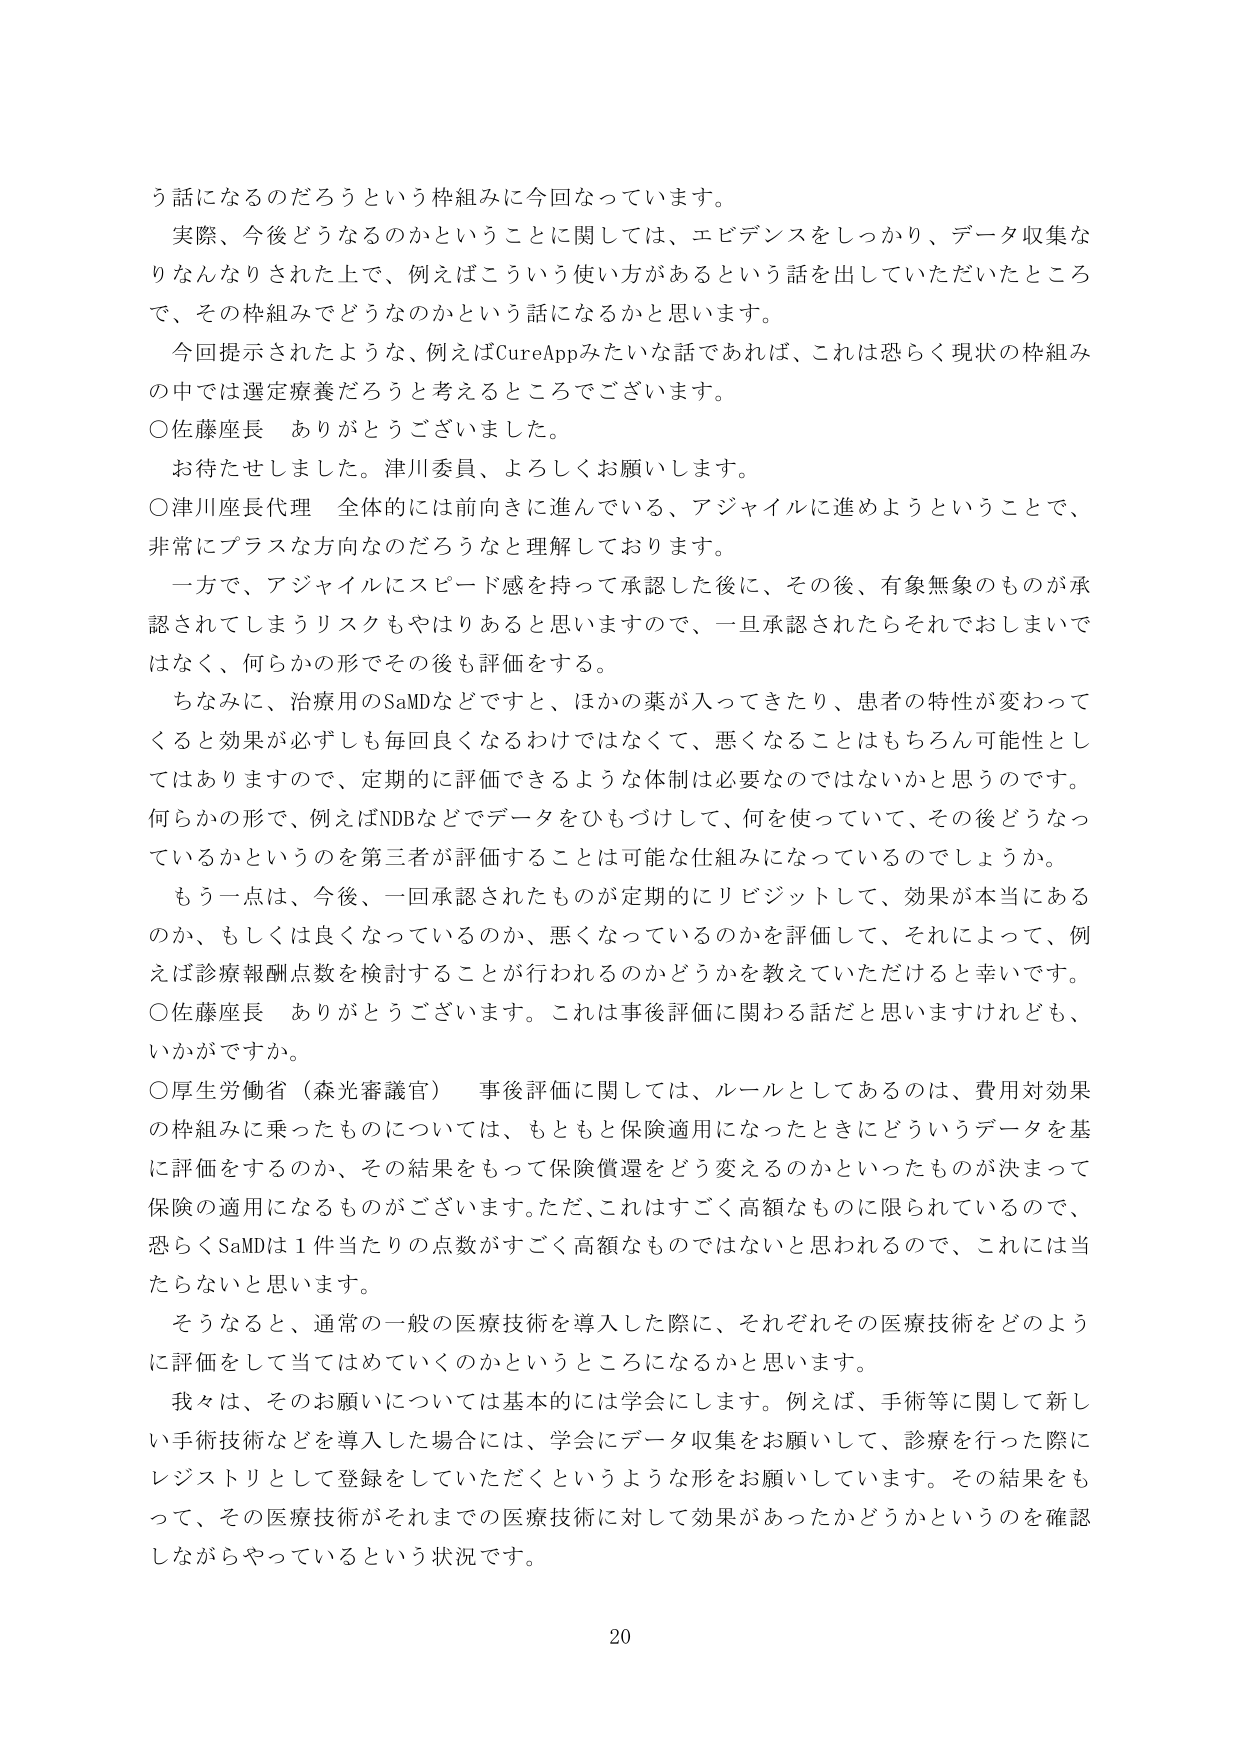
う話になるのだろうという枠組みに今回なっています。

実際、今後どうなるのかということに関しては、エビデンスをしっかり、データ収集なりなんなりされた上で、例えばこういう使い方があるという話を出していただいたところで、その枠組みでどうなるのかという話になるかと思います。

今回提示されたような、例えばCureAppみたいな話であれば、これは恐らく現状の枠組みの中では選定療養だろうと考えるところでございます。

○佐藤座長　ありがとうございました。

お待たせしました。津川委員、よろしくお願いします。

○津川座長代理　全体的には前向きに進んでいる、アジャイルに進めようということで、非常にプラスな方向なのだろうなと理解しております。

一方で、アジャイルにスピード感を持って承認した後に、その後、有象無象のものが承認されてしまうリスクもやはりあると思いますので、一旦承認されたらそれでおしまいではなく、何らかの形でその後も評価をする。

ちなみに、治療用のSaMDなどですと、ほかの薬が入ってきたり、患者の特性が変わってくると効果が必ずしも毎回良くなるわけではなくて、悪くなることはもちろん可能性としてはありますので、定期的に評価できるような体制は必要なのではないかと思うのです。何らかの形で、例えばNDBなどでデータをひもづけして、何を使っていて、その後どうなっているかというのを第三者が評価することは可能な仕組みになっているのでしょうか。

もう一点は、今後、一回承認されたものが定期的にリビジットして、効果が本当にあのか、もしくは良くなっているのか、悪くなっているのかを評価して、それによって、例えば診療報酬点数を検討することが行われるのかどうかを教えていただけると幸いです。

○佐藤座長　ありがとうございます。これは事後評価に関わる話だと思いますけれども、いかがですか。

○厚生労働省（森光審議官）　事後評価に関しては、ルールとしてあるのは、費用対効果の枠組みに乗ったものについては、もともと保険適用になったときにどういうデータを基に評価をするのか、その結果をもって保険償還をどう変えるのかといったものが決まって保険の適用になるものがございます。ただ、これはすごく高額なものに限られているので、恐らくSaMDは1件当たりの点数がすごく高額なものではないと思われるので、これには当たらないと思います。

そうなると、通常の一般の医療技術を導入した際に、それぞれその医療技術をどのように評価をして当てはめていくのかというところになるかと思います。

我々は、そのお願いについては基本的には学会にします。例えば、手術等に関して新しい手術技術などを導入した場合には、学会にデータ収集をお願いして、診療を行った際にレジストリとして登録をしていただくというような形をお願いしています。その結果をもって、その医療技術がそれまでの医療技術に対して効果があったかどうかというのを確認しながらやっているという状況です。

20